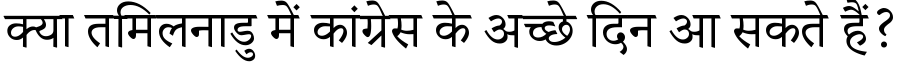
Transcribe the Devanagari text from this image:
क्या तमिलनाडु में कांग्रेस के अच्छे दिन आ सकते हैं?